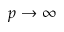
p \rightarrow \infty